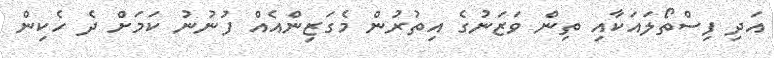
އަދި ފިސްތޯލައަކާއި ތިން ވަޒަނުގެ އިތުރުން މެގަޒިންއެއް ފުނުނު ކަމަށް ދެ ހެކިން